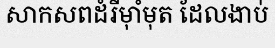
សាកសពដំរីម៉ាំមុត ដែលងាប់